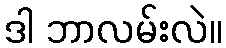
ဒါ ဘာလမ်းလဲ။